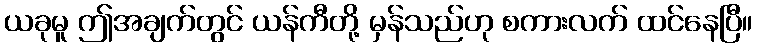
ယခုမူ ဤအချက်တွင် ယန်ကီတို့ မှန်သည်ဟု စကားလက် ထင်နေပြီ။